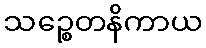
သဉ္စေတနိကာယ